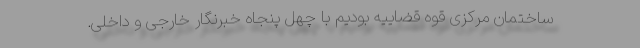
ساختمان مرکزی قوه قضاییه بودیم با چهل پنجاه خبرنگار خارجی و داخلی.